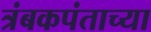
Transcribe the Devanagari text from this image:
त्रंबकपंताच्या